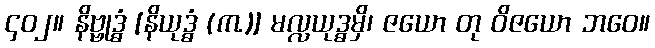
၄၀၂။ နိဗ္ဗုဒ္ဓံ [နိယုဒ္ဓံ (က.)] မလ္လယုဒ္ဓမှိ၊ ဇယော တု ဝိဇယော ဘဝေ။